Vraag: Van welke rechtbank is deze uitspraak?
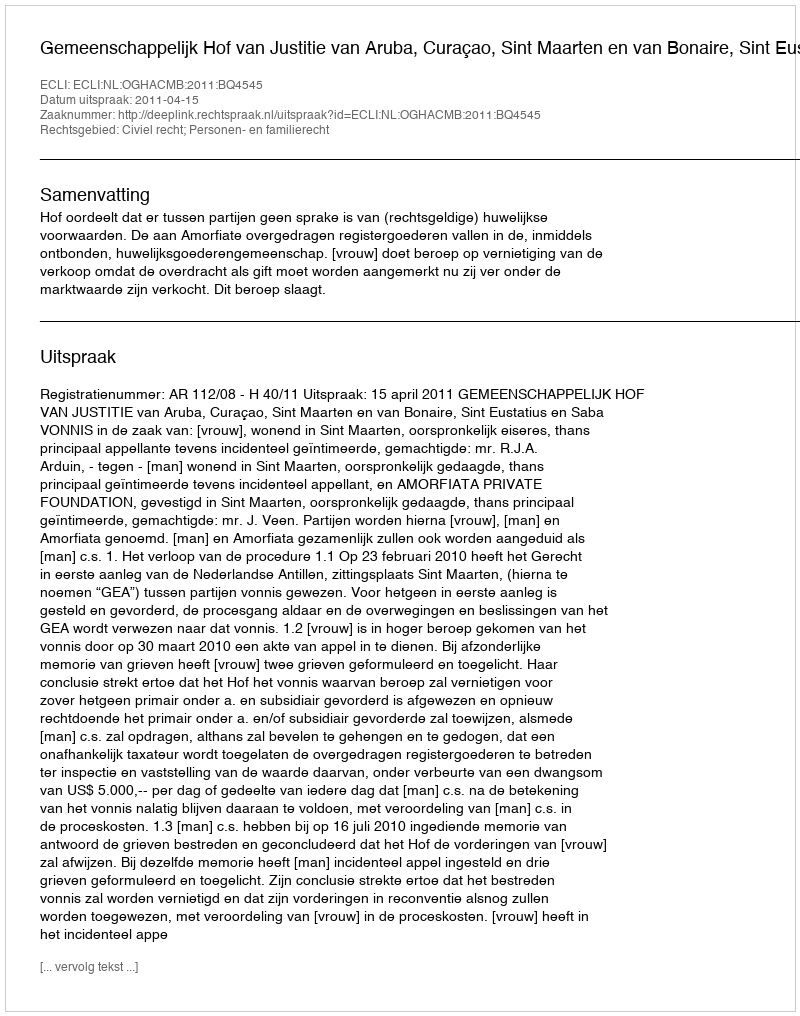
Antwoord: Gemeenschappelijk Hof van Justitie van Aruba, Curaçao, Sint Maarten en van Bonaire, Sint Eustatius en Saba